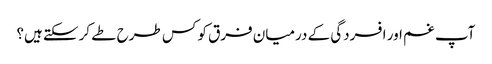
آپ غم اور افسردگی کے درمیان فرق کو کس طرح طے کرسکتے ہیں؟